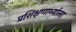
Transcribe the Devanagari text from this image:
प्रशिक्षणार्थ्याला